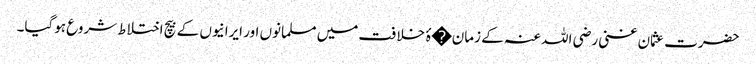
حضرت عثمان غنی رضی اللہ عنہ کے زمان�ۂ خلافت میں مسلمانوں اور ایرانیوں کے بیچ اختلاط شروع ہوگیا۔